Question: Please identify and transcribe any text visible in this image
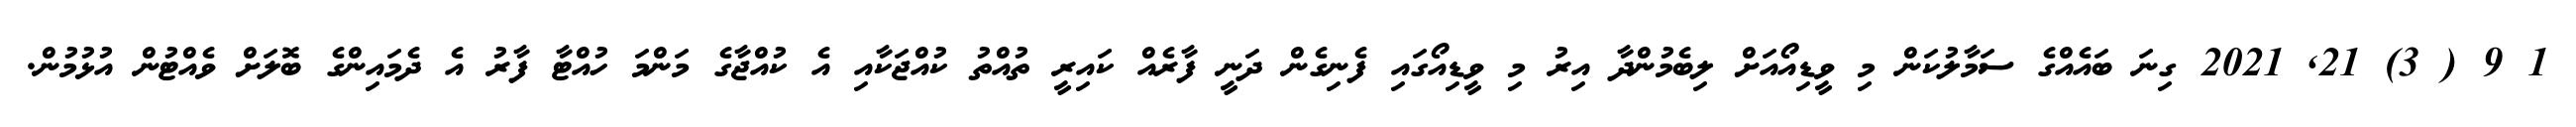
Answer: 1 9 ( 3) 21, 2021 ގިނަ ބައެއްގެ ސަމާލުކަން މި ވީޑިއޯއަށް ލިބެމުންދާ އިރު މި ވީޑިއޯގައި ފެނިގެން ދަނީ ފާރެއް ކައިރީ ތުއްތު ކުއްޖަކާއި އެ ކުއްޖާގެ މަންމަ ހުއްޓާ ފާރު އެ ދެމައިންގެ ބޮލަށް ވެއްޓުން އުޅުމުން.